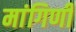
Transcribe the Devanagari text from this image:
मांगिणी